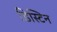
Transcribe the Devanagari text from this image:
डिस्टिन